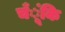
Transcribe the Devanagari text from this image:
चँूंकि